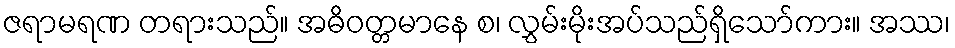
ဇရာမရဏ တရားသည်။ အဓိဝတ္တမာနေ စ၊ လွှမ်းမိုးအပ်သည်ရှိသော်ကား။ အဿ၊